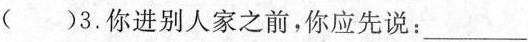
( )3.你进别人家之前，你应先说：___